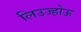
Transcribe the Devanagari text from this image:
लिउज्होऊ